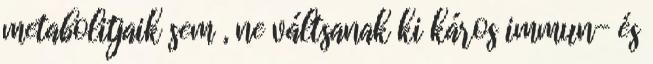
metabolitjaik sem , ne váltsanak ki káros immun- és